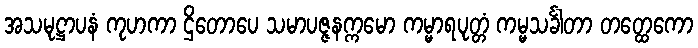
အသမုဋ္ဌာပနံ ကုဟကာ ဌိတောပေ သမာပဇ္ဇနက္ကမော ကမ္မာရပုတ္တံ ကမ္မသင်္ခါတာ တတ္ထေကော